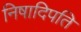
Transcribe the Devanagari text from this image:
निषादिपति